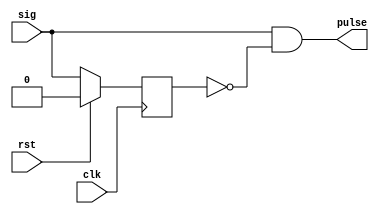
// create a pulse for the rising edge of a signal
`timescale 1 ns/100 ps

module pulsegen (
input wire sig,
input wire rst,
input wire clk,
output wire pulse);

parameter TPD = 0.7;

reg p1;
always @(posedge clk)
begin
  if (rst)
    p1 <= #TPD 1'b0;
  else
    p1 <= #TPD sig; // sig must be synchronous to clk
end

assign pulse = sig & !p1; // one clk wide signal at the rising edge of sig

endmodule